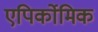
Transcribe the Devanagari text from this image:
एपिर्कोमिक